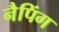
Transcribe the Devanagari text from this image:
नैपिंग